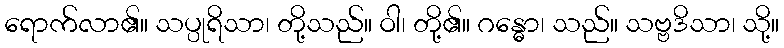
ရောက်လာ၏။ သပ္ပုရိသာ၊ တို့သည်။ ဝါ၊ တို့၏။ ဂန္ဓော၊ သည်။ သဗ္ဗဒိသာ၊ သို့။